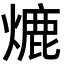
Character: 熝